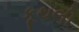
કૂથલી